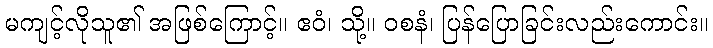
မကျင့်လိုသူ၏ အဖြစ်ကြောင့်။ ဧဝံ၊ သို့။ ဝစနံ၊ ပြန်ပြောခြင်းလည်းကောင်း။